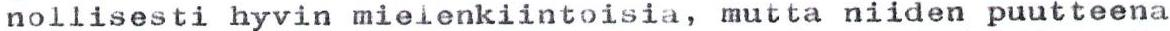
nollisesti hyvin mielenkiintoisia, mutta niiden puutteena